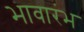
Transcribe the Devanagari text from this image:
भावारंभ